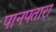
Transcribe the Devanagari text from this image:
पानपतारा